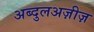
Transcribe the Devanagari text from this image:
अब्दुलअज़ीज़